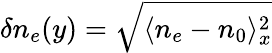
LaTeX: \delta n_{e}(y)=\sqrt{\langle n_{e}-n_{0}\rangle_{x}^{2}}